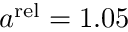
a ^ { \mathrm { r e l } } = 1 . 0 5